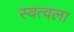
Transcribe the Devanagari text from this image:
स्वत्वला